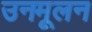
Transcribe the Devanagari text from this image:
उनमूलन